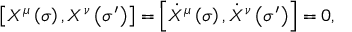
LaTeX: \left[ X ^ { \mu } \left( \sigma \right) , X ^ { \nu } \left( \sigma ^ { \prime } \right) \right] = \left[ \dot { X } ^ { \mu } \left( \sigma \right) , \dot { X } ^ { \nu } \left( \sigma ^ { \prime } \right) \right] = 0 ,